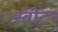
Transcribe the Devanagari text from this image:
स्वीटर